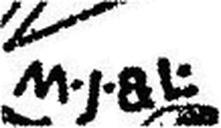
M·J· & L·